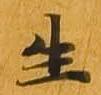
生